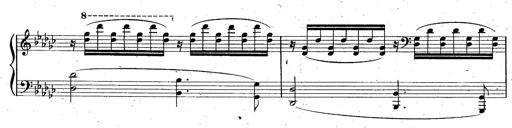
Title: La Marseillaise
Composer: Franz Liszt
Key: B-flat major